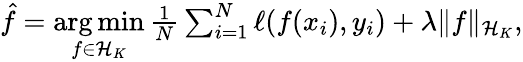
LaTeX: \begin{array}{r}{\hat{f}=\underset{f\in{\cal{H}}_{K}}{\arg\operatorname*{min}}\, \frac{1}{N}\sum_{i=1}^{N}\ell(f(x_{i}),y_{i})+\lambda\| f\| _{{\cal{H}}_{K}},}\end{array}